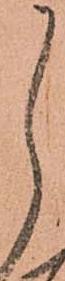
し